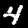
Label: 4